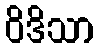
ဝိဒိသာ